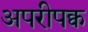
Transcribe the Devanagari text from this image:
अपरीपक्व